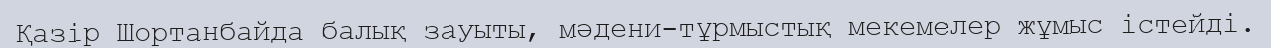
Қазір Шортанбайда балық зауыты, мәдени-тұрмыстық мекемелер жұмыс істейді.